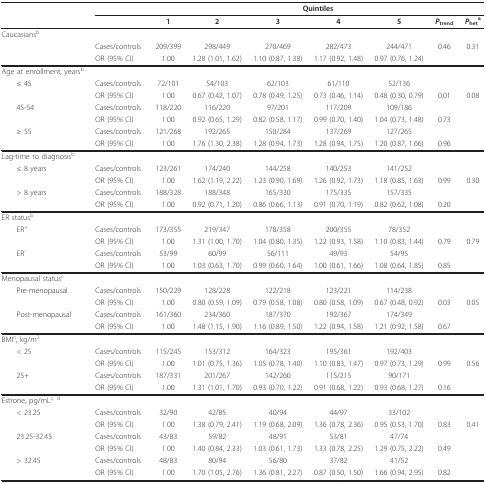
<table><thead><tr><td></td><td></td><td colspan="7"><b>Quintiles</b></td></tr><tr><td></td><td></td><td><b>1</b></td><td><b>2</b></td><td><b>3</b></td><td><b>4</b></td><td><b>5</b></td><td><b><i>P</i><sub>trend</sub></b></td><td><b><i>P</i><sub>het</sub><sup>a</sup></b></td></tr></thead><tbody><tr><td>Caucasians<sup>b</sup></td><td></td><td></td><td></td><td></td><td></td><td></td><td></td><td></td></tr><tr><td></td><td>Cases/controls</td><td>209/399</td><td>298/449</td><td>270/469</td><td>282/473</td><td>244/471</td><td>0.46</td><td>0.31</td></tr><tr><td></td><td>OR (95% CI)</td><td>1.00</td><td>1.28 (1.01, 1.62)</td><td>1.10 (0.87, 1.38)</td><td>1.17 (0.92, 1.48)</td><td>0.97 (0.76, 1.24)</td><td></td><td></td></tr><tr><td>Age at enrollment, years<sup>b</sup></td><td></td><td></td><td></td><td></td><td></td><td></td><td></td><td></td></tr><tr><td> ≤ 45</td><td>Cases/controls</td><td>72/101</td><td>54/103</td><td>62/103</td><td>61/110</td><td>52/136</td><td></td><td></td></tr><tr><td></td><td>OR (95% CI)</td><td>1.00</td><td>0.67 (0.42, 1.07)</td><td>0.78 (0.49, 1.25)</td><td>0.73 (0.46, 1.14)</td><td>0.48 (0.30, 0.79)</td><td>0.01</td><td>0.08</td></tr><tr><td> 45-54</td><td>Cases/controls</td><td>118/220</td><td>116/220</td><td>97/201</td><td>117/209</td><td>109/186</td><td></td><td></td></tr><tr><td></td><td>OR (95% CI)</td><td>1.00</td><td>0.92 (0.65, 1.29)</td><td>0.82 (0.58, 1.17)</td><td>0.99 (0.70, 1.40)</td><td>1.04 (0.73, 1.48)</td><td>0.73</td><td></td></tr><tr><td> ≥ 55</td><td>Cases/controls</td><td>121/268</td><td>192/265</td><td>150/284</td><td>137/269</td><td>127/265</td><td></td><td></td></tr><tr><td></td><td>OR (95% CI)</td><td>1.00</td><td>1.76 (1.30, 2.38)</td><td>1.28 (0.94, 1.73)</td><td>1.28 (0.94, 1.75)</td><td>1.20 (0.87, 1.66)</td><td>0.96</td><td></td></tr><tr><td>Lag-time to diagnosis<sup>b</sup></td><td></td><td></td><td></td><td></td><td></td><td></td><td></td><td></td></tr><tr><td> ≤ 8 years</td><td>Cases/controls</td><td>123/261</td><td>174/240</td><td>144/258</td><td>140/253</td><td>141/252</td><td></td><td></td></tr><tr><td></td><td>OR (95% CI)</td><td>1.00</td><td>1.62 (1.19, 2.22)</td><td>1.23 (0.90, 1.69)</td><td>1.26 (0.92, 1.73)</td><td>1.18 (0.85, 1.63)</td><td>0.99</td><td>0.30</td></tr><tr><td> &gt; 8 years</td><td>Cases/controls</td><td>188/328</td><td>188/348</td><td>165/330</td><td>175/335</td><td>157/335</td><td></td><td></td></tr><tr><td></td><td>OR (95% CI)</td><td>1.00</td><td>0.92 (0.71, 1.20)</td><td>0.86 (0.66, 1.13)</td><td>0.91 (0.70, 1.19)</td><td>0.82 (0.62, 1.08)</td><td>0.20</td><td></td></tr><tr><td>ER status<sup>b</sup></td><td></td><td></td><td></td><td></td><td></td><td></td><td></td><td></td></tr><tr><td> ER<sup>+</sup></td><td>Cases/controls</td><td>173/355</td><td>219/347</td><td>178/358</td><td>200/355</td><td>78/352</td><td></td><td></td></tr><tr><td></td><td>OR (95% CI)</td><td>1.00</td><td>1.31 (1.00, 1.70)</td><td>1.04 (0.80, 1.35)</td><td>1.22 (0.93, 1.58)</td><td>1.10 (0.83, 1.44)</td><td>0.79</td><td>0.79</td></tr><tr><td> ER<sup>-</sup></td><td>Cases/controls</td><td>53/99</td><td>60/99</td><td>56/111</td><td>49/93</td><td>54/95</td><td></td><td></td></tr><tr><td></td><td>OR (95% CI)</td><td>1.00</td><td>1.03 (0.63, 1.70)</td><td>0.99 (0.60, 1.64)</td><td>1.00 (0.61, 1.66)</td><td>1.08 (0.64, 1.85)</td><td>0.85</td><td></td></tr><tr><td>Menopausal status<sup>c</sup></td><td></td><td></td><td></td><td></td><td></td><td></td><td></td><td></td></tr><tr><td> Pre-menopausal</td><td>Cases/controls</td><td>150/229</td><td>128/228</td><td>122/218</td><td>123/221</td><td>114/238</td><td></td><td></td></tr><tr><td></td><td>OR (95% CI)</td><td>1.00</td><td>0.80 (0.59, 1.09)</td><td>0.79 (0.58, 1.08)</td><td>0.80 (0.58, 1.09)</td><td>0.67 (0.48, 0.92)</td><td>0.03</td><td>0.05</td></tr><tr><td> Post-menopausal</td><td>Cases/controls</td><td>161/360</td><td>234/360</td><td>187/370</td><td>192/367</td><td>174/349</td><td></td><td></td></tr><tr><td></td><td>OR (95% CI)</td><td>1.00</td><td>1.48 (1.15, 1.90)</td><td>1.16 (0.89, 1.50)</td><td>1.22 (0.94, 1.58)</td><td>1.21 (0.92, 1.58)</td><td>0.67</td><td></td></tr><tr><td>BMI<sup>c</sup>, kg/m<sup>2</sup></td><td></td><td></td><td></td><td></td><td></td><td></td><td></td><td></td></tr><tr><td> &lt; 25</td><td>Cases/controls</td><td>115/245</td><td>153/312</td><td>164/323</td><td>195/361</td><td>192/403</td><td></td><td></td></tr><tr><td></td><td>OR (95% CI)</td><td>1.00</td><td>1.01 (0.75, 1.36)</td><td>1.05 (0.78, 1.40)</td><td>1.10 (0.83, 1.47)</td><td>0.97 (0.73, 1.29)</td><td>0.99</td><td>0.56</td></tr><tr><td> 25+</td><td>Cases/controls</td><td>187/331</td><td>201/267</td><td>142/260</td><td>115/215</td><td>90/171</td><td></td><td></td></tr><tr><td></td><td>OR (95% CI)</td><td>1.00</td><td>1.31 (1.01, 1.70)</td><td>0.93 (0.70, 1.22)</td><td>0.91 (0.68, 1.22)</td><td>0.93 (0.68, 1.27)</td><td>0.16</td><td></td></tr><tr><td>Estrone, pg/mL<sup>c, d</sup></td><td></td><td></td><td></td><td></td><td></td><td></td><td></td><td></td></tr><tr><td> &lt; 23.25</td><td>Cases/controls</td><td>32/90</td><td>42/85</td><td>40/94</td><td>44/97</td><td>33/102</td><td></td><td></td></tr><tr><td></td><td>OR (95% CI)</td><td>1.00</td><td>1.38 (0.79, 2.41)</td><td>1.19 (0.68, 2.09)</td><td>1.36 (0.78, 2.36)</td><td>0.95 (0.53, 1.70)</td><td>0.83</td><td>0.41</td></tr><tr><td> 23.25-32.45</td><td>Cases/controls</td><td>43/83</td><td>59/82</td><td>48/91</td><td>53/81</td><td>47/74</td><td></td><td></td></tr><tr><td></td><td>OR (95% CI)</td><td>1.00</td><td>1.40 (0.84, 2.33)</td><td>1.03 (0.61, 1.73)</td><td>1.33 (0.78, 2.25)</td><td>1.29 (0.75, 2.22)</td><td>0.49</td><td></td></tr><tr><td> &gt; 32.45</td><td>Cases/controls</td><td>48/83</td><td>80/94</td><td>56/80</td><td>37/82</td><td>41/52</td><td></td><td></td></tr><tr><td></td><td>OR (95% CI)</td><td>1.00</td><td>1.70 (1.05, 2.76)</td><td>1.36 (0.81, 2.27)</td><td>0.87 (0.50, 1.50)</td><td>1.66 (0.94, 2.95)</td><td>0.82</td><td></td></tr></tbody></table>